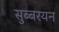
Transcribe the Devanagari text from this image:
सुब्बरयन